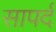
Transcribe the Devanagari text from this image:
सापर्द